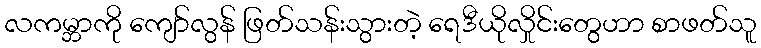
လကမ္ဘာကို ကျော်လွန် ဖြတ်သန်းသွားတဲ့ ရေဒီယိုလှိုင်းတွေဟာ စာဖတ်သူ